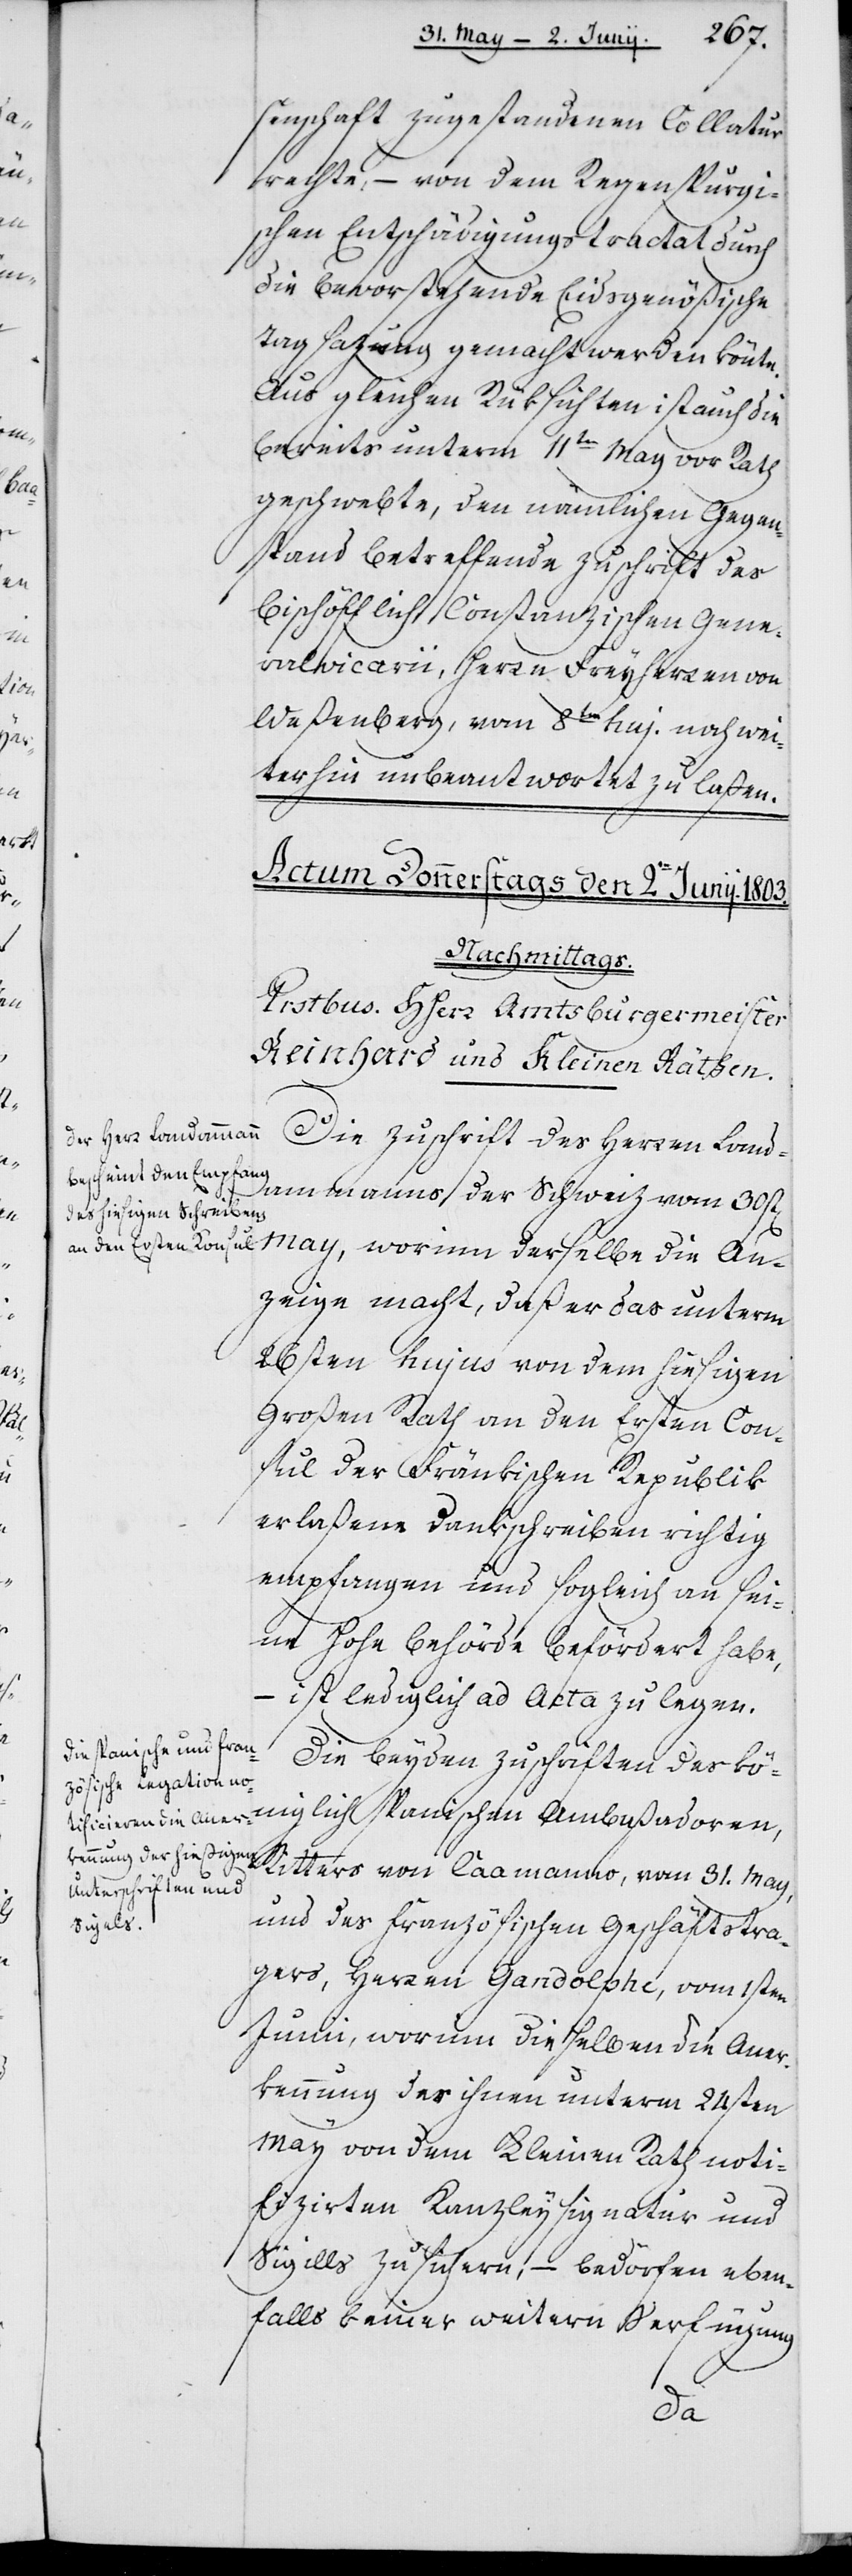
senschaft zugestandenen Collatur¬
rechte, – von dem Regenspurgi¬
schen Entschädigungstractat durch
die bevorstehende Eidsgenößische
Tagsazung gemacht werden könnte.
Aus gleichen Rüksichten ist auch die
bereits unterm 11ten May vor Rath
geschwebte, den nämlichen Gegen¬
stand betreffende Zuschrift des
Bischöfflich Constanzischen Gene¬
ralvicarii, Herr Freyherren von
Weßenberg, vom 8ten huj. noch wei¬
terhin unbeantwortet zu laßen.
Die Zuschrift des Herren Land¬
ammanns der Schweiz vom 30sten
May, worinn derselbe die An¬
zeige macht, daß er das unterm
26sten hujus von dem hiesigen
Großen Rath an den Ersten Con¬
sul der Fränkischen Republik
erlaßene Dankschreiben richtig
empfangen und sogleich an sei¬
ne Hohe Behörde befördert habe,
– ist lediglich ad Acta zu legen.
Die beiden Zuschriften der kö¬
niglich spanischen Ambaßadoren,
Ritters von Caamanno, vom 31. May,
und des französischen Geschäftstra¬
gers, Herren Gandolphe, vom 1sten
Junii, worinn dieselben die Aner¬
kennung der ihnen unterm 24sten
May von dem Kleinen Rath noti¬
fizierten Kanzleysignatur und
Sigills zusichern, – bedörfen eben¬
falls keiner weitern Verfügung.